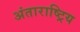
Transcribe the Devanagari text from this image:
अंताराष्ट्रिय